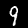
Digit: 9